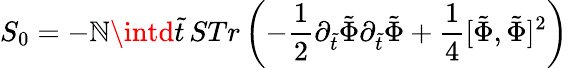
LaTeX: S_{0}=-\mathbb{N}\intd\tilde{{t}}\, STr\left(-\frac{{1}}{{2}}\partial_{\tilde{{t}}}\tilde{{\Phi}}\partial_{\tilde{{t}}}\tilde{{\Phi}}+\frac{{1}}{{4}}[\tilde{{\Phi}},\tilde{{\Phi}}]^{2}\right)